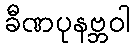
ခီဏပုနဗ္ဘဝါ